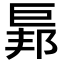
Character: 𢀥